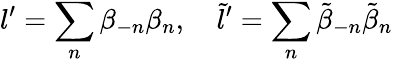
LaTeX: l^{\prime}=\sum_{n}\beta_{-n}\beta_{n},\quad\tilde{l}^{\prime}=\sum_{n}\tilde{\beta}_{-n}\tilde{\beta}_{n}